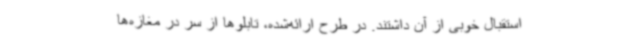
استقبال خوبی از آن داشتند. در طرح ارائه‌شده، تابلوها از سر در مغازه‌ها